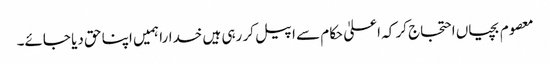
معصوم بچیاں احتجاج کر کہ اعلیٰ حکام سے اپیل کر رہی ہیں خدارا ہمیں اپنا حق دیا جائے۔